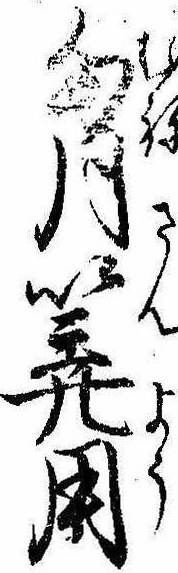
胸算用